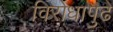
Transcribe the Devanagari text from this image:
विरोधापुढे